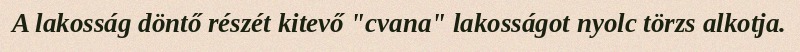
A lakosság döntő részét kitevő "cvana" lakosságot nyolc törzs alkotja.